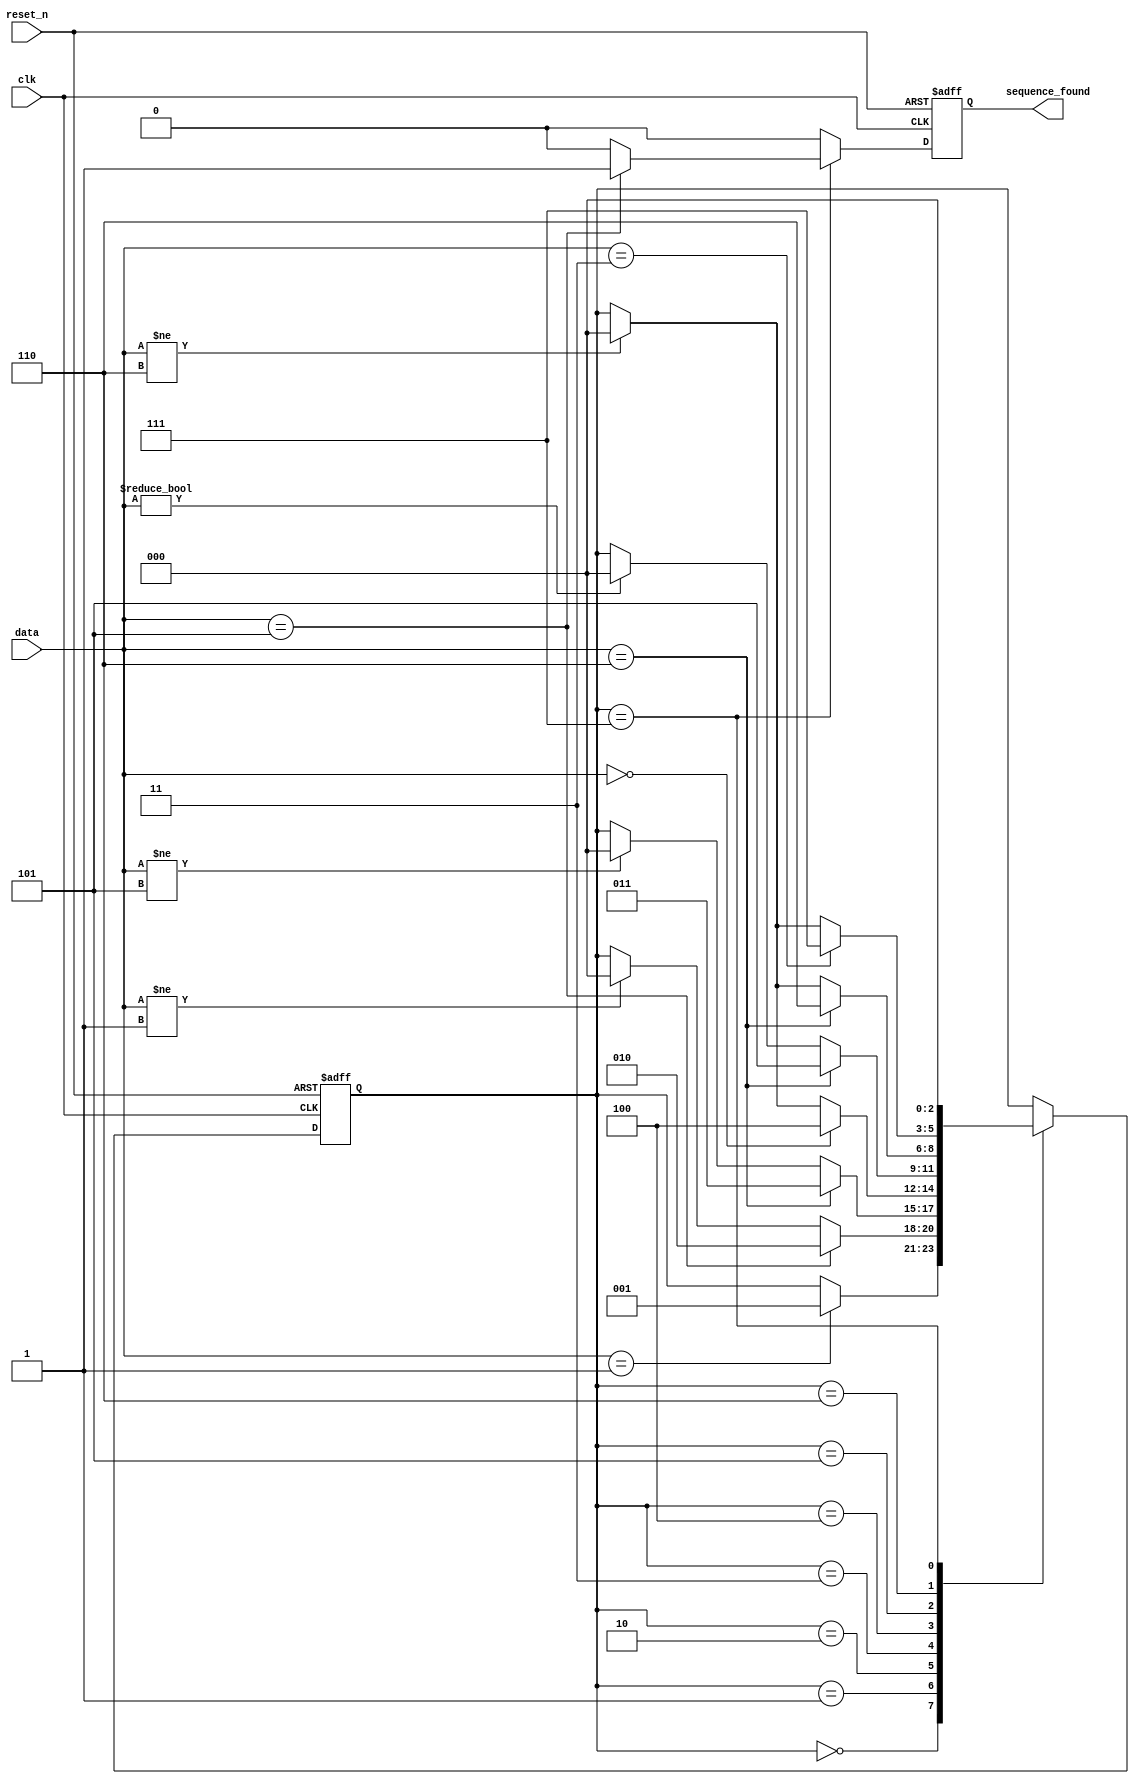
module sequence_detector(
    input clk,
    input reset_n,
    input [2:0] data,
    output reg sequence_found
);

reg [2:0] state;

always @(posedge clk or negedge reset_n) begin
    if (!reset_n) begin
        state <= 3'b000;
        sequence_found <= 1'b0;
    end else begin
        // Reset sequence_found at each clock cycle
        sequence_found <= 1'b0;

        case (state)
            3'b000: begin
                if (data == 3'b001) begin
                    state <= 3'b001;
                end
            end
            3'b001: begin
                if (data == 3'b101) begin
                    state <= 3'b010;
                end else if (data != 3'b001) begin
                    state <= 3'b000;
                end
            end
            3'b010: begin
                if (data == 3'b110) begin
                    state <= 3'b011;
                end else if (data != 3'b101) begin
                    state <= 3'b000;
                end
            end
            3'b011: begin
                if (data == 3'b000) begin
                    state <= 3'b100;
                end else if (data != 3'b110) begin
                    state <= 3'b000;
                end
            end
            3'b100: begin
                if (data == 3'b110) begin
                    state <= 3'b101;
                end else if (data != 3'b000) begin
                    state <= 3'b000;
                end
            end
            3'b101: begin
                if (data == 3'b110) begin
                    state <= 3'b110;
                end else if (data != 3'b110) begin
                    state <= 3'b000;
                end
            end
            3'b110: begin
                if (data == 3'b011) begin
                    state <= 3'b111;
                end else if (data != 3'b110) begin
                    state <= 3'b000;
                end
            end
            3'b111: begin
                if (data == 3'b101) begin
                    state <= 3'b000;
                    sequence_found <= 1'b1;
                end else begin
                    state <= 3'b000;
                end
            end
        endcase
    end
end

endmodule